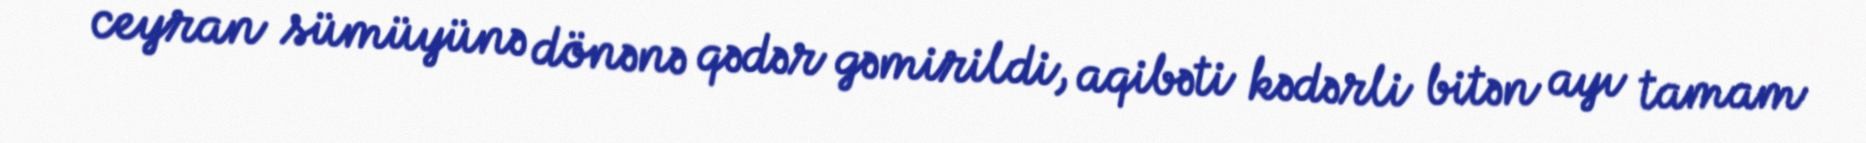
ceyran sümüyünə dönənə qədər gəmirildi, aqibəti kədərli bitən ayı tamam